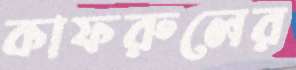
কাফরুলের